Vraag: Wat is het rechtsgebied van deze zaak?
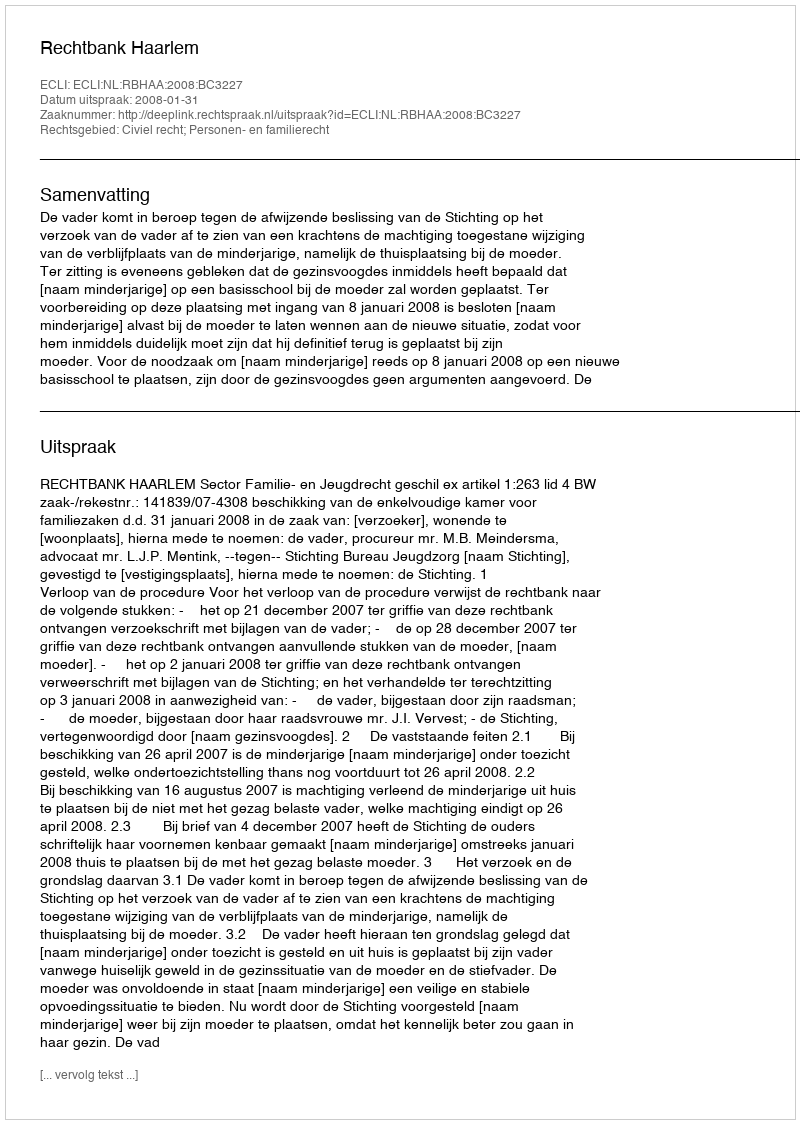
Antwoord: Civiel recht; Personen- en familierecht